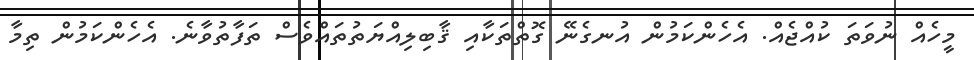
މީހެއް ނުވަތަ ކުއްޖެއް. އެހެންކަމުން އުނގެނޭ ގޮތްތަކާއި ޤާބިލިއްޔަތުތައްވެސް ތަފާތުވާނެ. އެހެންކަމުން ތިމާ